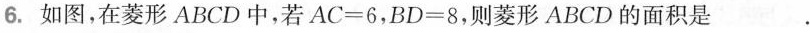
6. 如图，在菱形ABCD中，若$$A C = 6$$，$$B D = 8$$，则菱形ABCD的面积是 .